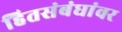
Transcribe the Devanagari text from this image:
हितसंबंधांवर